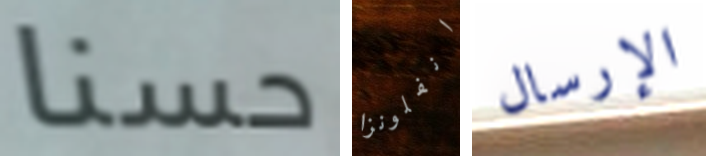
حسنا انفلونزا الإرسال